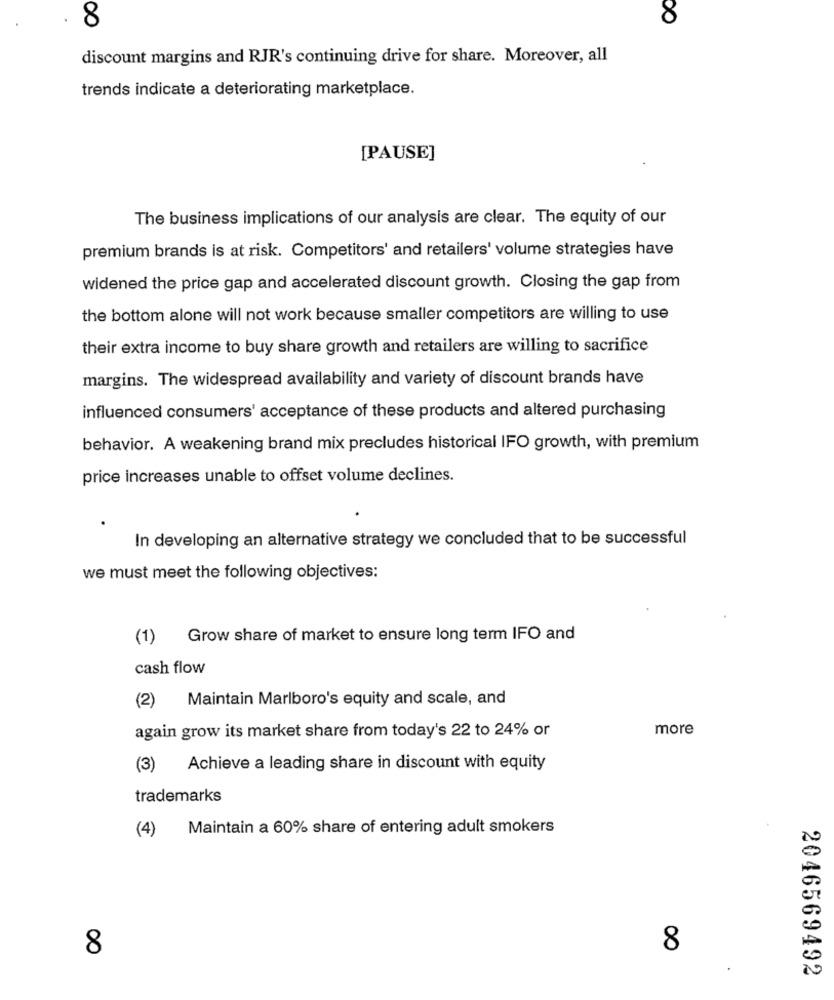
8
8
discount margins and RJR's continuing drive for share. Moreover, all
trends indicate a deteriorating marketplace.
[PAUSE]
The business implications of our analysis are clear. The equity of our
premium brands is at risk. Competitors' and retailers' volume strategies have
widened the price gap and accelerated discount growth. Closing the gap from
the bottom alone will not work because smaller competitors are willing to use
their extra income to buy share growth and retailers are willing to sacrifice
margins. The widespread availability and variety of discount brands have
influenced consumers' acceptance of these products and altered purchasing
behavior. A weakening brand mix precludes historical IFO growth, with premium
price increases unable to offset volume declines.
In developing an alternative strategy we concluded that to be successful
we must meet the following objectives:
(1)
Grow share of market to ensure long term IFO and
cash flow
Maintain Marlboro's equity and scale, and
(2)
again grow its market share from today's 22 to 24% or
more
(3)
Achieve a leading share in discount with equity
trademarks
Maintain a 60% share of entering adult smokers
(4)
8
8
2046569492